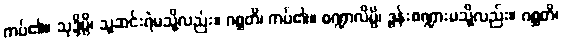
ကပ်၏။ သုဒ္ဒိမ္ပိ၊ သူဆင်းရဲမသို့လည်း။ ဂစ္ဆတိ၊ ကပ်၏။ စဏ္ဍာလိမ္ပိ၊ ဒွန်းစဏ္ဍားမသို့လည်း။ ဂစ္ဆတိ၊